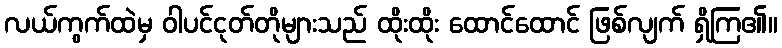
လယ်ကွက်ထဲမှ ဝါပင်ငုတ်တိုများသည် ထိုးထိုး ထောင်ထောင် ဖြစ်လျက် ရှိကြ၏။